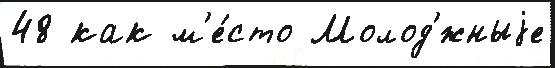
48 как м'е́сто Молод'́жныjе